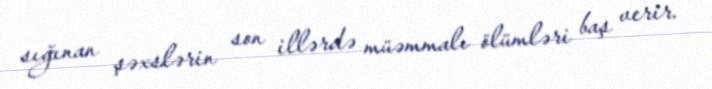
sığınan şəxslərin son illərdə müəmmalı ölümləri baş verir.